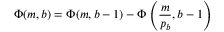
\Phi ( m , b ) = \Phi ( m , b - 1 ) - \Phi \left( { \frac { m } { p _ { b } } } , b - 1 \right)